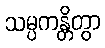
သမ္ပကန္တိတွာ